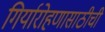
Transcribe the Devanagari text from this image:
गिर्यारोहणासाठीची